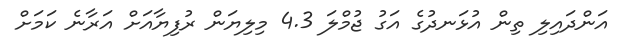
އަންދައިލި ތިން އުޅަނދުގެ އަގު ޖުމްލަ 4.3 މިލިޔަން ރުފިޔާއަށް އަރާނެ ކަމަށް